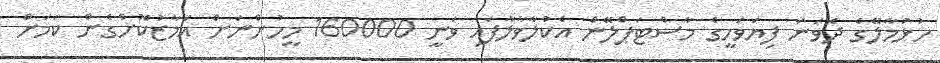
ހުޅުމާލޭގެ ދެވަނަ ފިޔަވަހީގެ މާސްޓަޕްލޭން އެކުލާވާލާފައި ވަނީ 160000 މީހުންނަށް އަމާޒުކޮށްގެން ކަމަށް